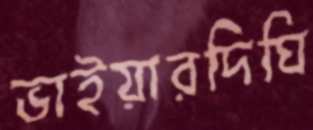
ভাইয়ারদিঘি